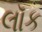
લૉક